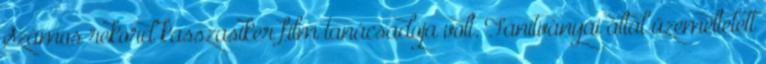
Számos rekord kasszasiker film tanácsadója volt. Tanítványai által üzemeltetett